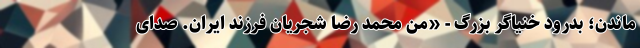
ماندن؛ بدرود خُنیاگر بزرگ - «من محمد‌ رضا شجریان فرزند ایران. صدای